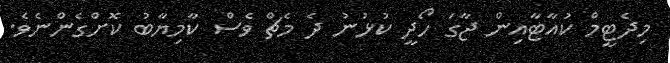
މިދެޓީމް ކުއާޓާއިން ޖާގަ ހޯދީ ކުޅުނު ދެ މެޗް ވެސް ކާމިޔާބު ކޮށްގެންނެވެ.